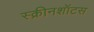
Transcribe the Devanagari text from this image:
स्क्रीनशॉटस